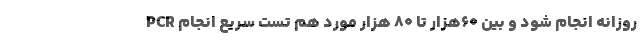
PCR روزانه انجام شود و بین ۶۰هزار تا ۸۰ هزار مورد هم تست سریع انجام